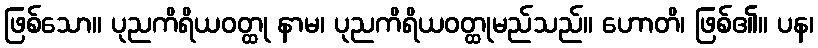
ဖြစ်သော။ ပုညကိရိယဝတ္ထု နာမ၊ ပုညကိရိယဝတ္ထုမည်သည်။ ဟောတိ၊ ဖြစ်၏။ ပန၊